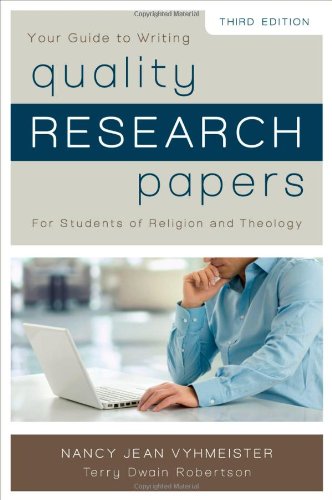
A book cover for Quality Research Papers: For Students of Religion and Theology; Nancy Jean Vyhmeister; Reference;